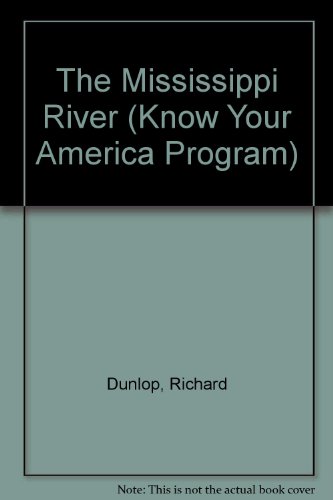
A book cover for The Mississippi River (Know Your America Program); Richard Dunlop; Travel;